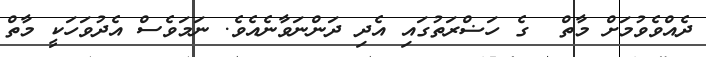
ދެއްވެވުމަށް މާތް  ގެ ހަޟްރަތުގައި އެދި ދަންނަވާނެއެވެ. ނަމަވެސް އެދުވަހަކީ މާތް